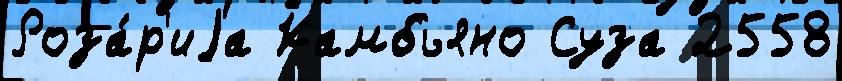
Роза́р'иjа Камбьяно Суза 2558